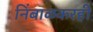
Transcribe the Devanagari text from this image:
निंबाळकरही